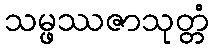
သမ္ဖဿဇာသုတ္တံ